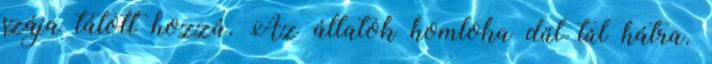
szája tátott hozzá. Az állatok homloka dűl túl hátra.